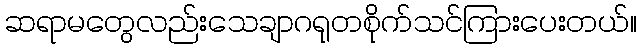
ဆရာမတွေလည်းသေချာဂရုတစိုက်သင်ကြားပေးတယ်။